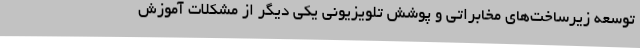
توسعه زیرساخت‌های مخابراتی و پوشش تلویزیونی یکی دیگر از مشکلات آموزش